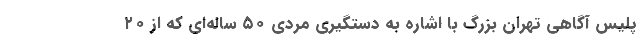
پلیس آگاهی تهران بزرگ با اشاره به دستگیری مردی ۵۰ ساله‌ای که از ۲۰